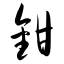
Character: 钳